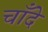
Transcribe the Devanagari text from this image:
चाँदे